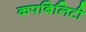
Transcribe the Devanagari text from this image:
कपबिलिटी